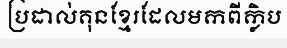
ប្រដាល់គុនខ្មែរដែលមកពីក្លិប